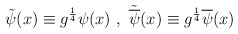
\begin{align*}\tilde{\psi}(x)\equiv{g}^{\frac{1}{4}}\psi(x)\ ,\ \tilde{\overline{\psi}}(x)\equiv{g}^{\frac{1}{4}}\overline{\psi}(x)\end{align*}